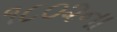
૧૮૦૨ના